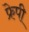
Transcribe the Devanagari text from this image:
फ्रेपी